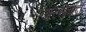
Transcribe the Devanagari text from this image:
अरूढ़िवादी